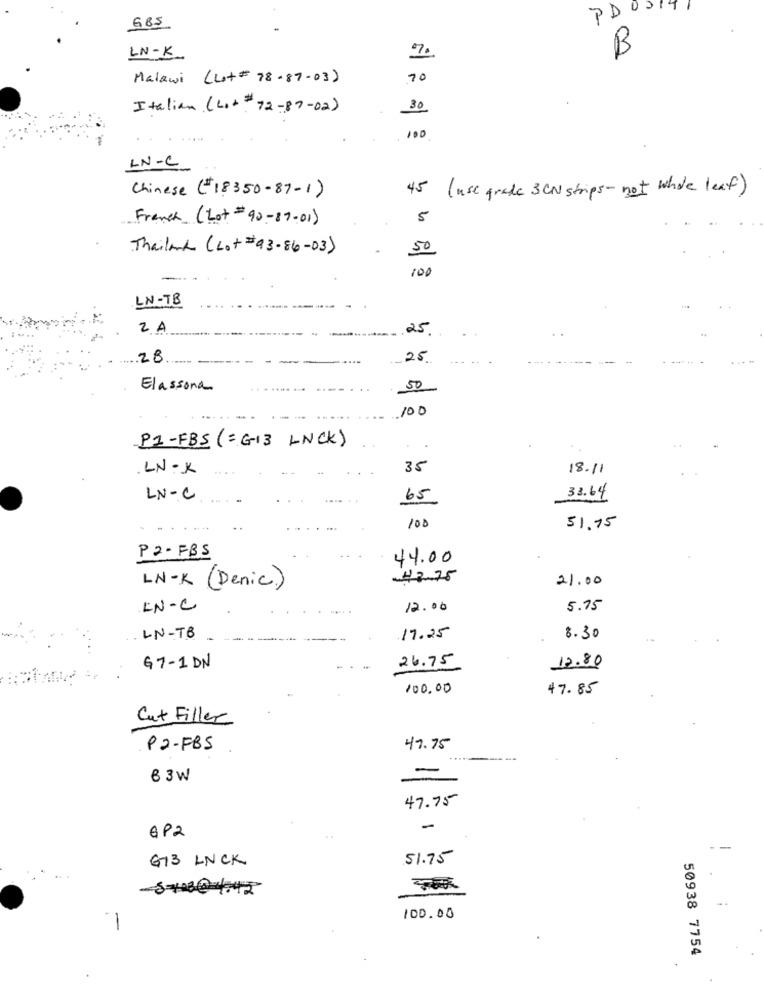
PDO
685
B
LN-K.
7.
Malawi (Le+# 78-87-03)
70
Italian (Lo+ # 72-87- 02)
30
100
LN-C
45
(use grade 3CN strips- not whole leaf)
Chinese (#18350-87-1)
French (Lot =90-87-01)
5
Thailand (Lo+=93-86- 03)
50
10
LN-TB
2A
25
2B
25.
Elassona
50
100
P1-FBS (=G13 LNCK)
.LN- X
35
18.11
LN-C
.. .
65
33.64
100
51.75
P2 - FBS
44.00
42.75
21.00
LN-K (Denic)
LN-C
12.00
5.75
LN-TB
17.25
8.30
G 7-1 DN
26.75
12.80
100.00
47.85
Cut Filler
P2-FBS
41.75
-
6 3W
47.75
-
GP2
G13 LNCK
51.75
100.00
1
50938 7754